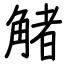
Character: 觰